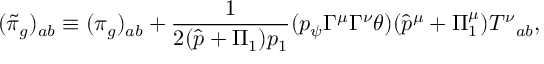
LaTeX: ( \tilde { \pi } _ { g } ) _ { a b } \equiv ( \pi _ { g } ) _ { a b } + \frac 1 { 2 ( \hat { p } + \Pi _ { 1 } ) p _ { 1 } } ( p _ { \psi } \Gamma ^ { \mu } \Gamma ^ { \nu } \theta ) ( \hat { p } ^ { \mu } + \Pi _ { 1 } ^ { \mu } ) { T ^ { \nu } } _ { a b } ,